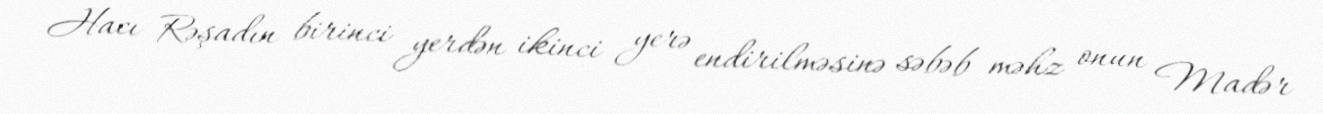
Hacı Rəşadın birinci yerdən ikinci yerə endirilməsinə səbəb məhz onun Madər